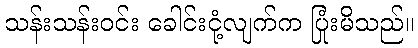
သန်းသန်းဝင်း ခေါင်းငုံ့လျက်က ပြုံးမိသည်။